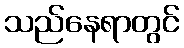
သည်နေရာတွင်